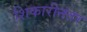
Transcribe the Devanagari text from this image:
शिकारीनंतर